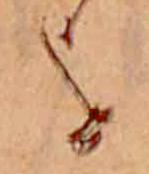
を